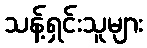
သန့်ရှင်းသူများ